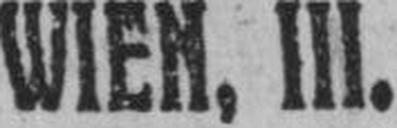
WIEN, III.